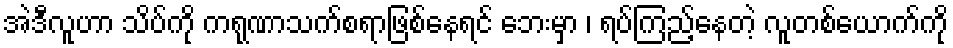
အဲဒီလူဟာ သိပ်ကို ကရုဏာသက်စရာဖြစ်နေရင် ဘေးမှာ ၊ ရပ်ကြည့်နေတဲ့ လူတစ်ယောက်ကို